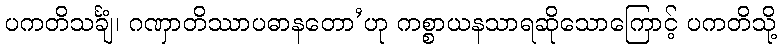
ပကတိသင်္ချံ၊ ဂဏှာတိဿာပဓာနတော’ဟု ကစ္စာယနသာရဆိုသောကြောင့် ပကတိသို့